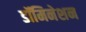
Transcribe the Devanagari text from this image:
डॉमिनेशन